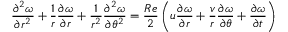
\frac { \partial ^ { 2 } \omega } { \partial r ^ { 2 } } + \frac { 1 } { r } \frac { \partial \omega } { \partial r } + \frac { 1 } { r ^ { 2 } } \frac { \partial ^ { 2 } \omega } { \partial \theta ^ { 2 } } = \frac { R e } { 2 } \left( u \frac { \partial \omega } { \partial r } + \frac { v } { r } \frac { \partial \omega } { \partial \theta } + \frac { \partial \omega } { \partial t } \right)